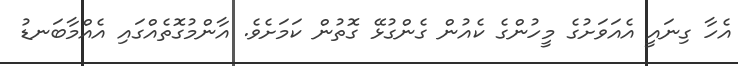
އެހާ ގިނައީ އެއަވަށުގެ މީހުންގެ ކެއުން ގެންގުޅޭ ގޮތުން ކަމަށެވެ. އާންމުގޮތެއްގައި އެއްމާބަނޑު